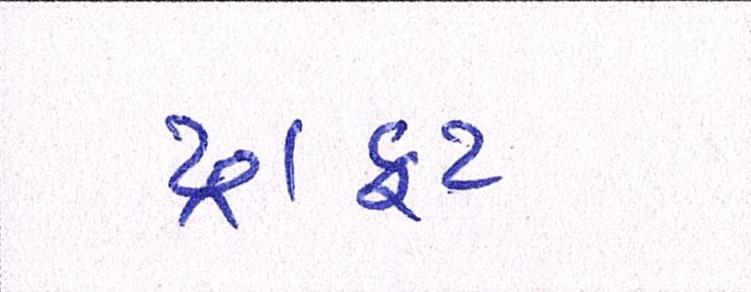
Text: ડ્રાફટ